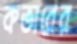
কভারের